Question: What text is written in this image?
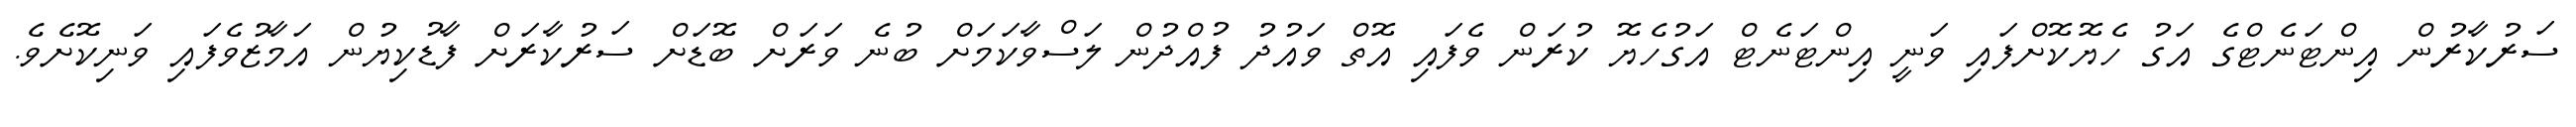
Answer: ސަރުކާރުން އިންޓަނެޓްގެ އަގު ހެޔޮކޮށްފައި ވަނީ އިންޓަނެޓް އަގުހެޔޮ ކުރަން ވެފައި އޮތް ވައުދު ފުއްދުން ލަސްވާކަމަށް ބުނެ ވަރަށް ބޮޑަށް ސަރުކާރަށް ފާޑުކިޔުން އަމާޒުވެފައި ވަނިކޮށެވެ.